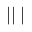
| | \bigstar | \bigstar \bigstar